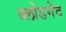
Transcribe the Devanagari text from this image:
ब्लोडगेट